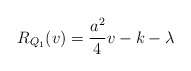
\begin{align*}R_{Q_1 } (v) = \frac{a^2 }{4} v -k-\lambda\end{align*}